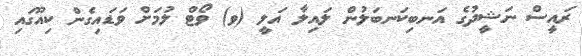
ރައީސް ނަޝީދުގެ އަނބިކަނބަލުން ލައިލާ އަލީ (ވ) ވޯޓް ލުމަށް ވަޑައިގެން ކިއޫގައި